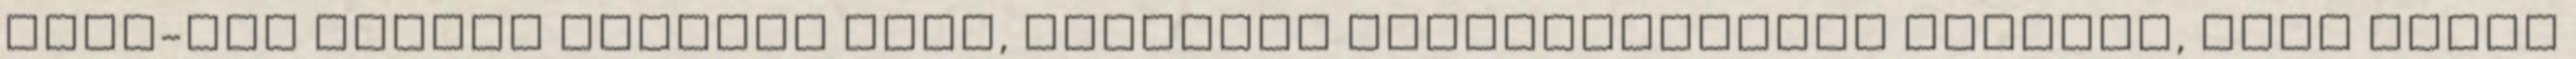
Josh-nál rohadt unalmas volt, ráadásul mindkettőjüket utáltam, mint állat